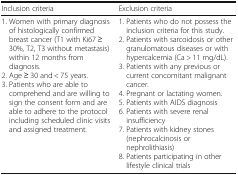
<table><thead><tr><td><b>Inclusion criteria</b></td><td><b>Exclusion criteria</b></td></tr></thead><tbody><tr><td>1. Women with primary diagnosis of histologically confirmed breast cancer (T1 with Ki67 ≥ 30%, T2, T3 without metastasis) within 12 months from diagnosis.2. Age ≥ 30 and &lt; 75 years.3. Patients who are able to comprehend and are willing to sign the consent form and are able to adhere to the protocol including scheduled clinic visits and assigned treatment.</td><td>1. Patients who do not possess the inclusion criteria for this study.2. Patients with sarcoidosis or other granulomatous diseases or with hypercalcemia (Ca &gt; 11 mg/dL).3. Patients with any previous or current concomitant malignant cancer.4. Pregnant or lactating women.5. Patients with AIDS diagnosis6. Patients with severe renal insufficiency7. Patients with kidney stones (nephrocalcinosis or nephrolithiasis)8. Patients participating in other lifestyle clinical trials</td></tr></tbody></table>